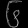
Digit: ၆